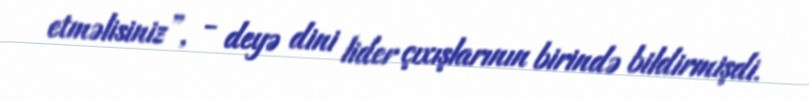
etməlisiniz”, - deyə dini lider çıxışlarının birində bildirmişdi.